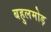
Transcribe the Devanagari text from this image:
बहुलमोड़